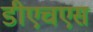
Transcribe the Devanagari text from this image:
डीएचएस